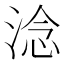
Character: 淰